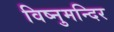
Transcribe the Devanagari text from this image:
विष्नुमन्दिर